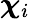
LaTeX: \boldsymbol{\chi}_{i}